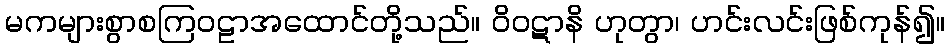
မကများစွာစကြဝဠာအထောင်တို့သည်။ ဝိဝဋာနိ ဟုတွာ၊ ဟင်းလင်းဖြစ်ကုန်၍။